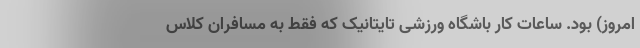
امروز) بود. ساعات کار باشگاه ورزشی تایتانیک که فقط به مسافران کلاس